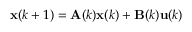
\mathbf { x } ( k + 1 ) = \mathbf { A } ( k ) \mathbf { x } ( k ) + \mathbf { B } ( k ) \mathbf { u } ( k )